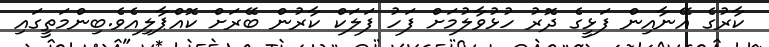
ކާރުގެ އޭނާއިން ފަޅީގެ ދޮރު ހުޅުވާލުމަށް ފަހު ފަލަކް ކާރުން ބޭރަށް ކޮއްޕާލިއެވެ.ބިންމަތީގައި